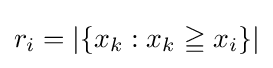
r_{i}=\left\vert \left\{x_{k}:x_{k}\geqq x_{i}\right\}\right\vert